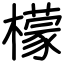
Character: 檬